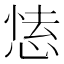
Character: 𢝍